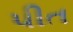
પીત